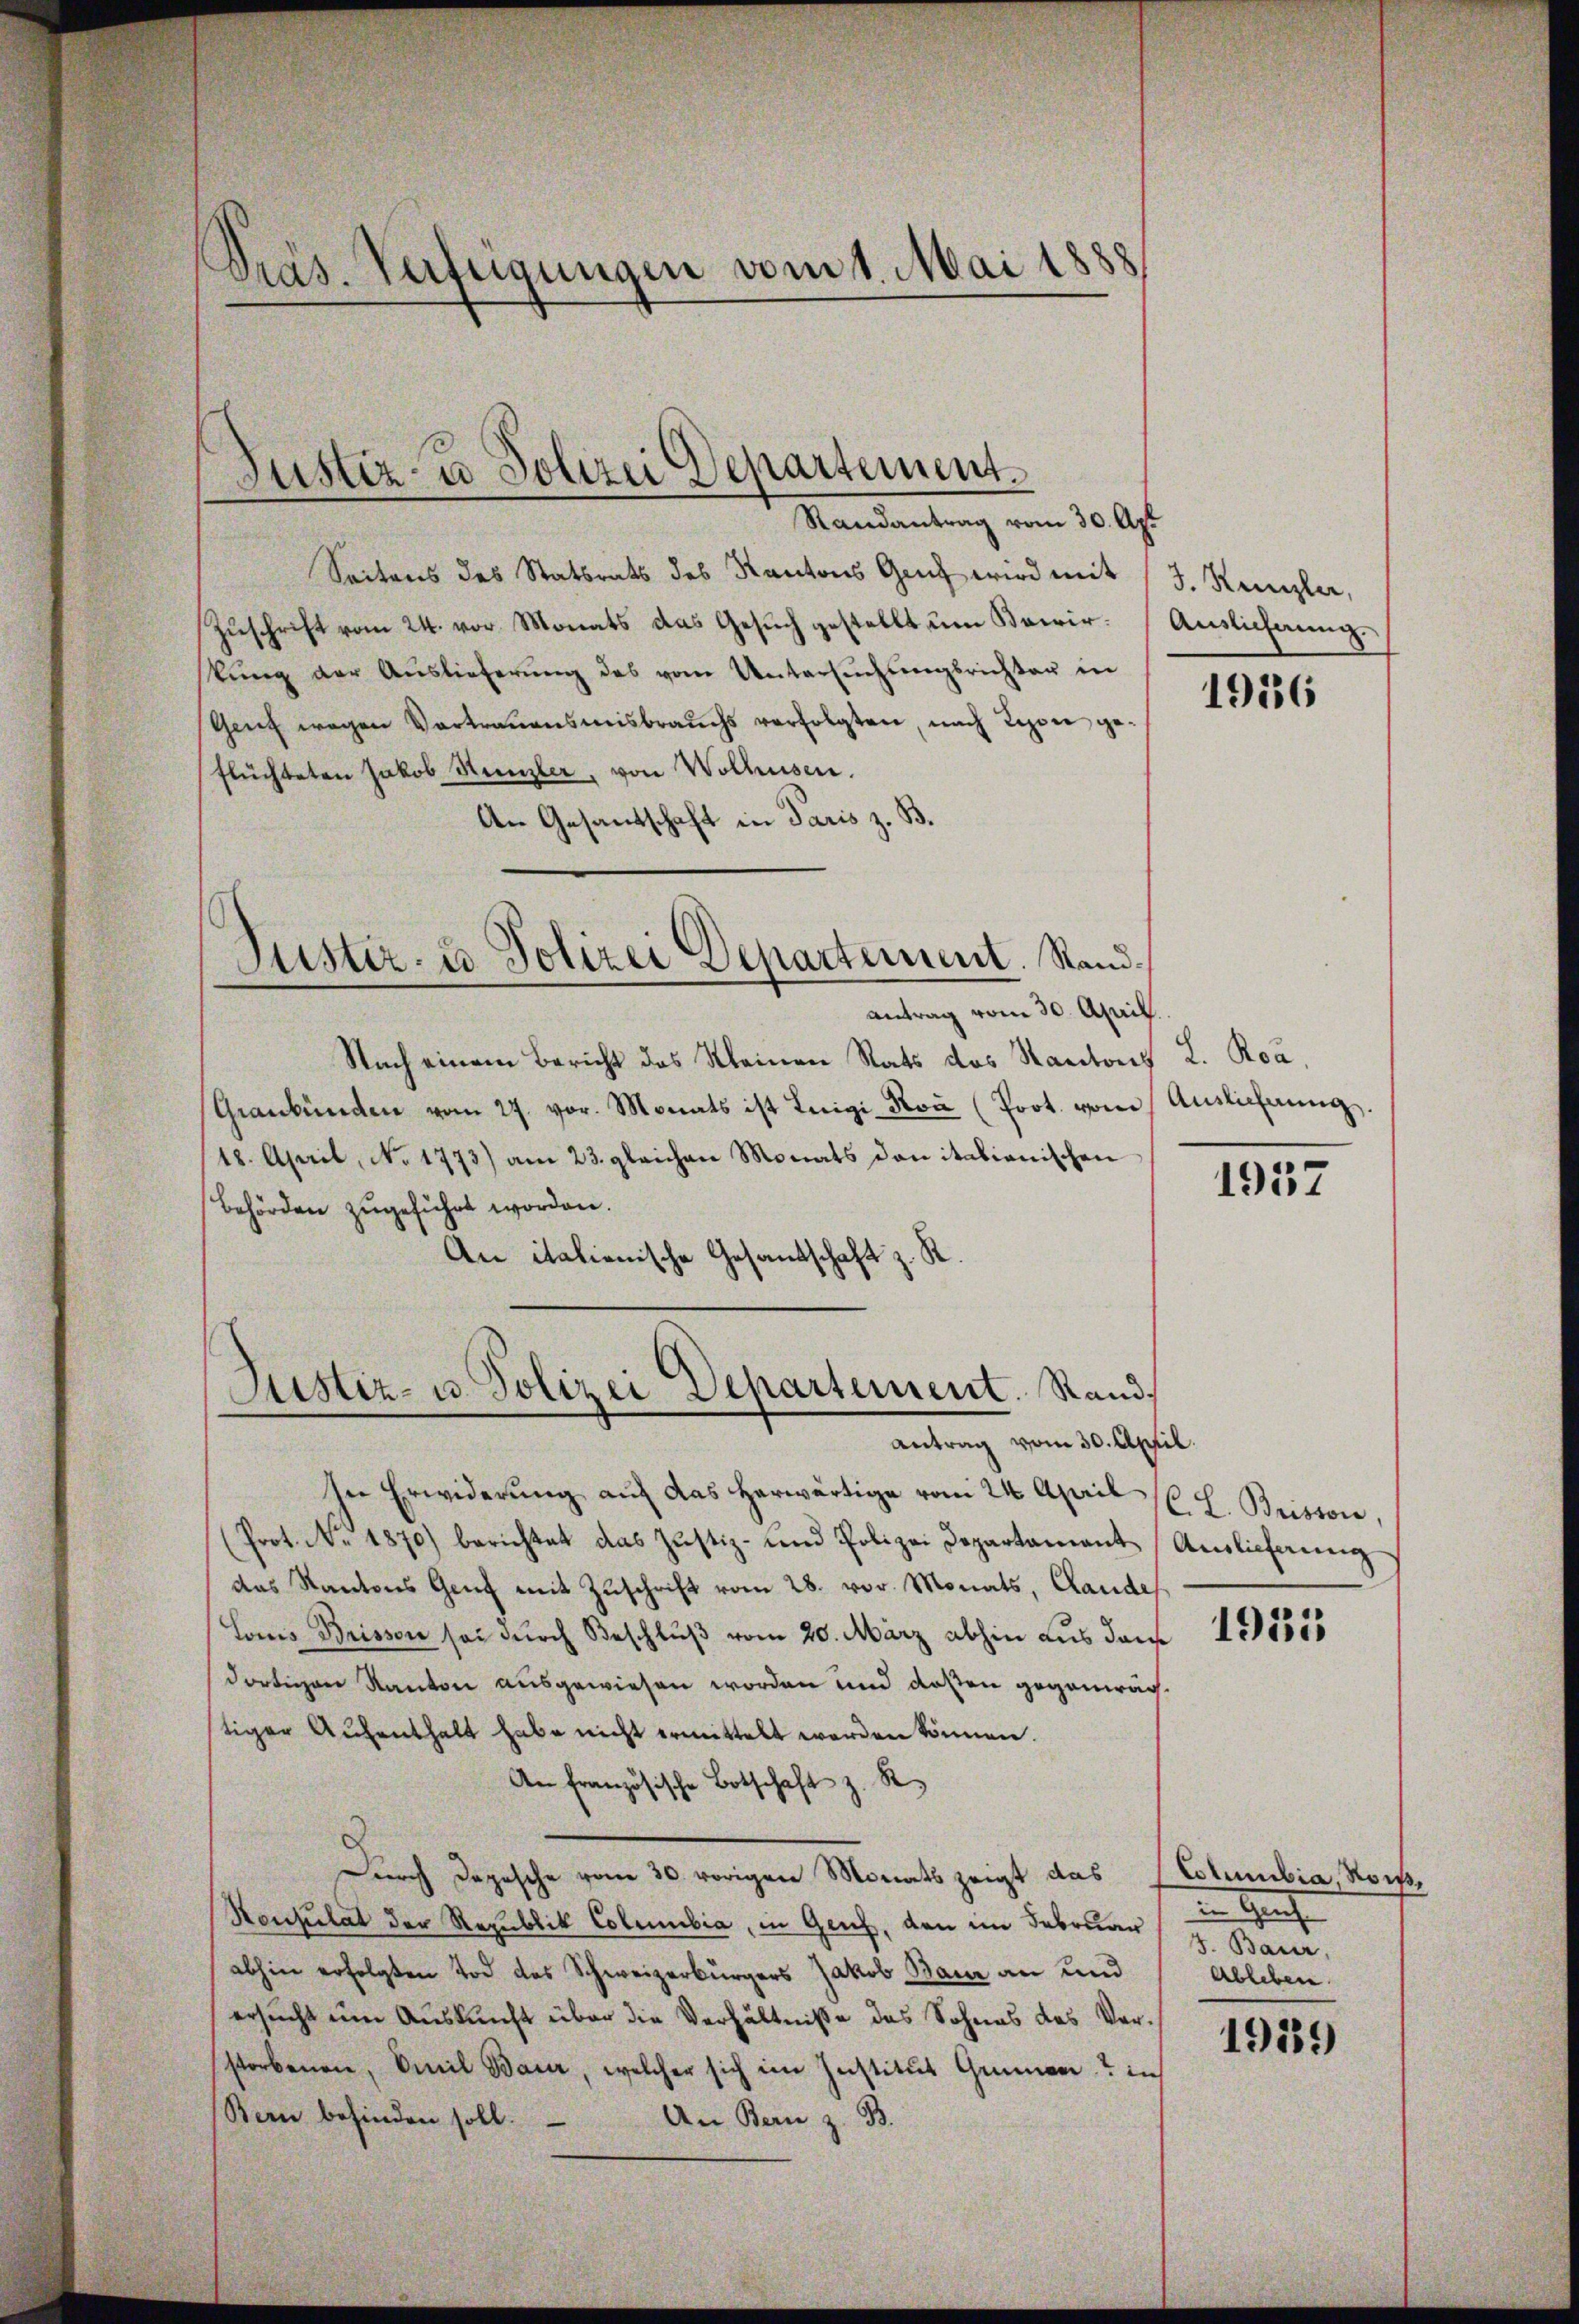
Präs. Verfügungen vom 1. Mai 1888

Seitens des Statsrats des Kantons Genf wird mit
Zuschrift vom 24. vor. Monats das Gesuch gestellt um Bewirstŭng der Auslieferŭng des vom Untersuchungsrichter in
Genf wegen Vortrauensmisbrauchs verfolgten, nach Rigore geflüchteten Jakob Künzler, von Wolhusen.
An Gesandschaft in Paris z. B.
Puster- u Polizei Departement. Standantrag vom 30. April.
Nach einem Bericht des Kleinen Rats des Kantons L. Roa¬
Graubünden vom 27. vor. Monats ist Luigi Koa (Poot. vom
18. April, No 1773) am 23. gleichen Monats dan itationischen
Behörden zugeführt worden.
An italienische Gesandtschaft z. R.

Justiz- u Polizei Departement.
Randantrag vom 30. Apr

Justiz- u. Polizei Departement. Stand.
Antrag vom 30. April.

In Erwiderung auf das herwärtige vom 24. April
(Prot. No. 1870.) berichtet das Justiz- und Polizei Departament Auslieferŭng
das Kantons Genf mit Zuschrift vom 28. vor. Monats, Claude,
Lonis Brisson sei durch Beschluß vom 20. März abhin aus dar
dortigen Kanton ausgewiesen worden und deßen gegenwächtiger Aŭfenthalt habe nicht ermittelt werden können.
An Französische Botschaft z. R.
Dŭrch Depesche vom 30. vorigen Monats zeigt das Columbia, Rois,
Konsulat der Republik Columbia, in Genf, den im Februar 3. Baur,
abhin erfolgten Tod des Schweizerbürgers Jakob Baur an und
ersucht um Auskunft über die Verhältniße des Sohnes des Verstorbenen, Emil Bauer, welcher sich im Institut Grünen in
Bern befinden soll.
An Bern z. B.

J. Kanzler,
Auslicherung.

1956

Auslieferung.

1957

C. L. Briston,

1935

Ableben.

1919